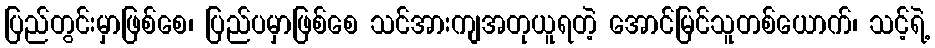
ပြည်တွင်းမှာဖြစ်စေ၊ ပြည်ပမှာဖြစ်စေ သင်အားကျအတုယူရတဲ့ အောင်မြင်သူတစ်ယောက်၊ သင့်ရဲ့